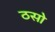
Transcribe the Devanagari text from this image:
ठसो